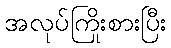
အလုပ်ကြိုးစားပြီး